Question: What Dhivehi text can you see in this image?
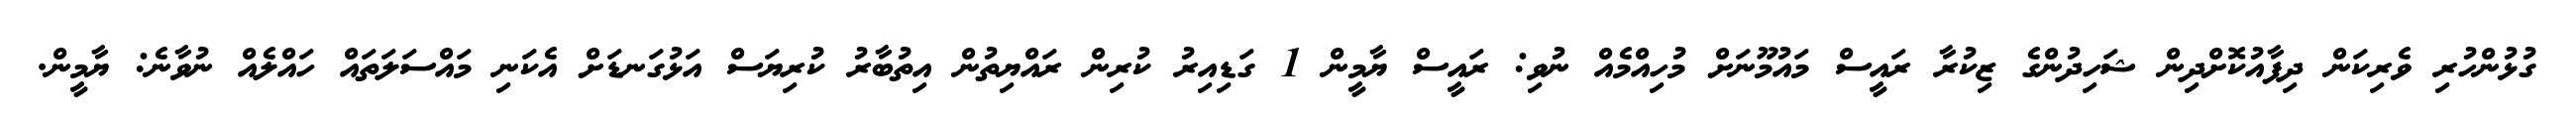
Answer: ގުޅުންހުރި ވެރިކަން ދިފާއުކޮށްދިން ޝަހިދުންގެ ޒިކުރާ ރައީސް މައުމޫނަށް މުހިއްމެއް ނުވި: ރައީސް ޔާމީން 1 ގަޑިއިރު ކުރިން ރައްޔިތުން އިތުބާރު ކުރިޔަސް އަޅުގަނޑަށް އެކަނި މައްސަލަތައް ހައްލެއް ނުވާނެ: ޔާމީން.